Jaarja_vallakohus, lk 5
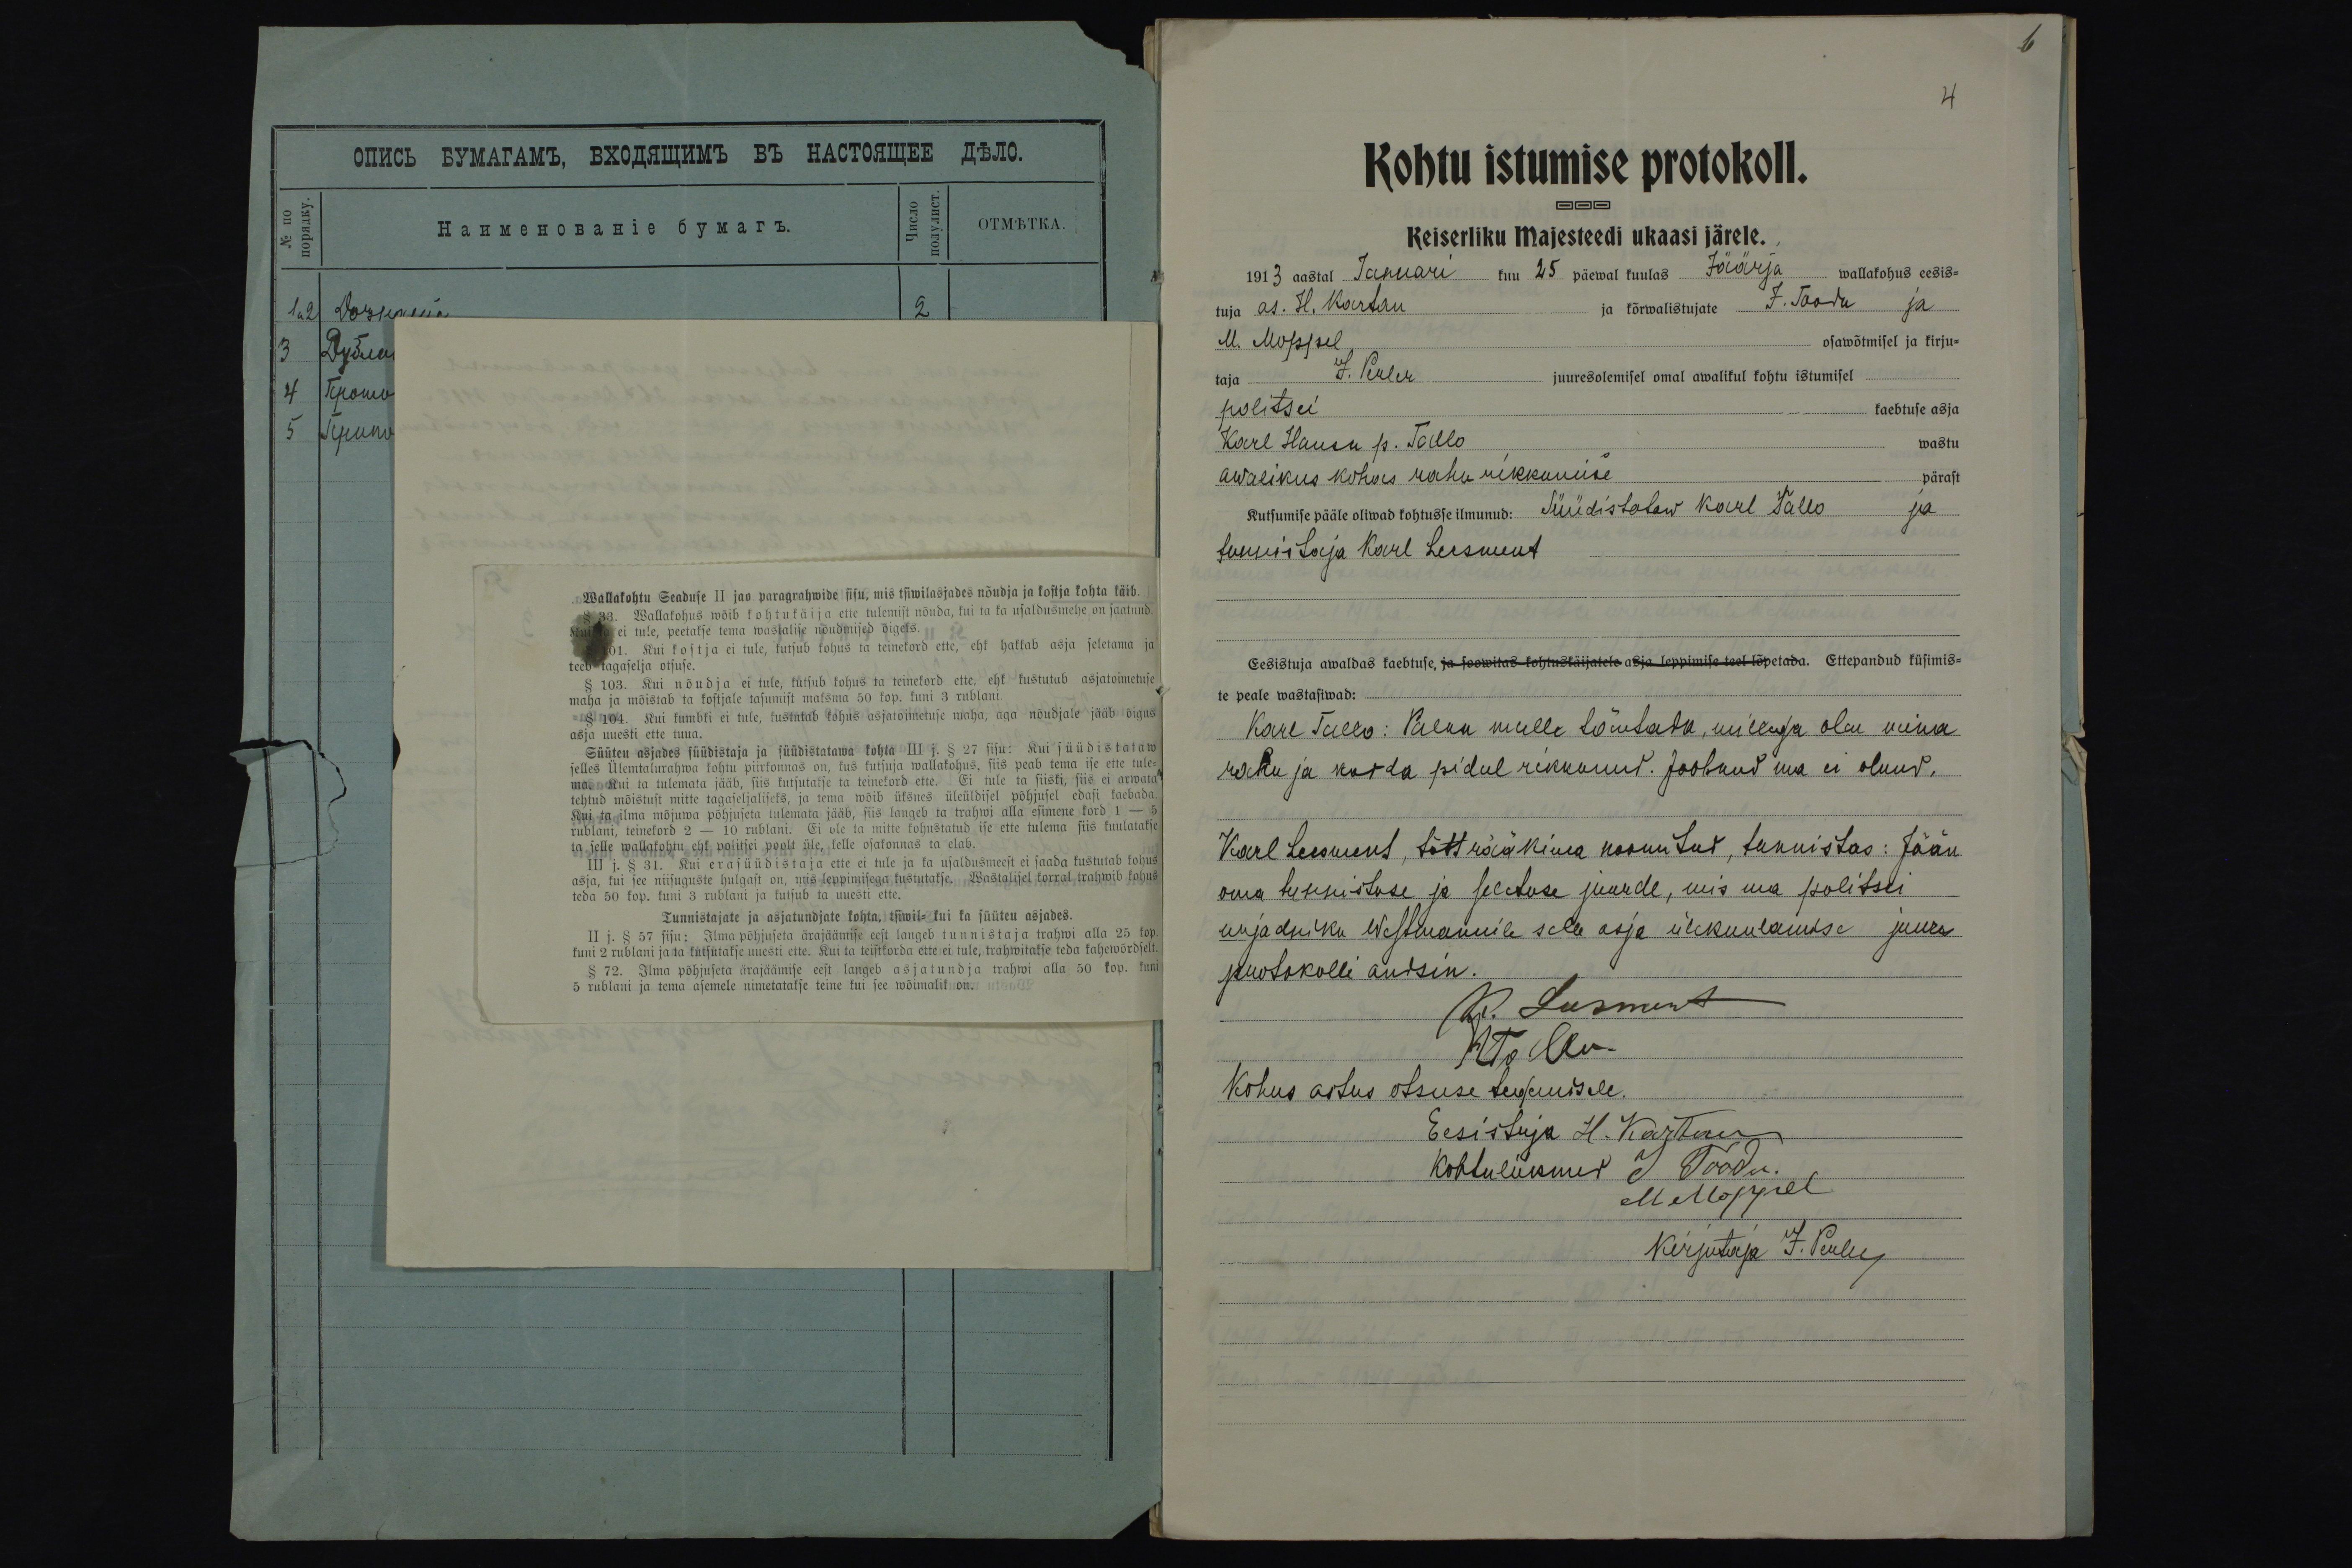
Wallakohtu Seaduse II jao paragrahwide sisu, mis tsiwilasjades nõudja ja kostja kohta käib.
§ 33. Wallakohus wõib kohtukäija ette tulemist nõuda, kui ta ka usaldusmehe on saatnud
Kui ta ei tule, peetakse tema wastalise nõudmised õigeks.
01. Kui kostja ei tule, kutsub kohus ta teinekord ette, ehk hakkab asja seletama ja
teeb tagaselja otsuse.
§ 103. Kui nõudja ei tule, kutsub kohus ta teinekord ette, ehk kustutab asjatoimetuse
maha ja mõistab ta kostjale tasumist maksma 50 kop. kuni 3 rublani.
§ 104. Kui kumbki ei tule, kustutab kohus asjatoimetuse maha, aga nõudjale jääb õigus
asja uuesti ette tuua.
Süüteu asjades süüdistaja ja süüdistatawa kohta III j. § 27 sisu: Kui süüdistataw
selles Ülemtalurahwa kohtu piirkonnas on, kus kutsuja wallakohus, siis peab tema ise ette tule-
ma. Kui ta tulemata jääb, siis kutsutakse ta teinekord ette. Ei tule ta siiski, siis ei arwata
tehtud mõistust mitte tagaseljaliseks, ja tema wõib üksnes üleüldisel põhjusel edasi kaebada.
Kui ta ilma mõjuwa põhjuseta tulemata jääb, siis langeb ta trahwi alla esimene kord 1 - 5
rublani, teinekord 2 - 10 rublani. Ei ole ta mitte kohustatud ise ette tulema siis kuulatakse
ta selle wallakohtu ehk politsei poolt üle, kelle osakonnas ta elab.
III j. § 31. Kui erasüüdistaja ette ei tule ja ta usaldusmeest ei saada kustutab kohus
asja, kui see niisuguste hulgast on, mis leppimisega kustutakse. Wastalisel korral trahwib kohus
teda 50 kop. kuni 3 rublani ja kutsub ta uuesti ette.
Tunnistajate ja asjatundjate kohta, tsiwil- kui ka süüteu asjades.
II j. § 57 sisu: Ilma põhjuseta ärajäämise eest langeb tunnistaja trahwi alla 25 kop.
kuni 2 rublani ja ta kutsutakse uuesti ette. Kui ta teistkorda ette ei tule, trahwitakse teda kahewõrdselt.
§ 72. Ilma põhjuseta ärajäämise eest langeb asjatundja trahwi alla 50 kop. kuni
5 rublani ja tema asemele nimetatakse teine kui see wõimalik on.

4
Kohtu istumise protokoll.
Keiserliku Majesteedi ukaasi järele.
1913 aastal Januari kuu 25 päewal kuulas Jäärja wallakohus eesis-
tuja as. H. Kartau ja kõrwalistujate J. Toodu ja
M. Moppel osawõtmisel ja kirju-
taja G. Perler juuresolemisel omal awalikul kohtu istumisel
politsei kaebtuse asja
Karl Hansu p. Tallo wastu
awalikus kohas rahu rikkumise pärast
Kutsumise pääle oliwad kohtusse ilmunud: Süüdistatav  Karl Tallo ja
tunnistaja Karl Leesment
Eesistuja awaldas kaebtuse, ja soowitas kohtuskäijatele asja leppimise teel lõpetada. Ettepandud küsimis-
te peale wastasiwad:
Kare Tallo:  Palun mulle tõentada, millega olen mina
rahu ja korda pidul rikkunud. Joobnud ma ei olnud.
Karl Leesment, tõtt rääkima noomitud, tunnistas: Jään
oma tunnistuse ja seletuse juurde, mis ma politsei
urjadniku Westmannile selle asja ülekuulamise juures
protokolli andsin.
K. Leesment
KTallo
Kohus astus otsuse tegemisele.
Eesistuja H. Kartau
Kohtuliikumed J Toodu
MMoppel
Kirjutaja J. Perler